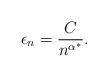
LaTeX: \begin{align*}\epsilon_n= \frac C { n^{\alpha^*}} .\end{align*}